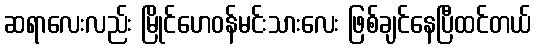
ဆရာလေးလည်း မြိုင်ဟေဝန်မင်းသားလေး ဖြစ်ချင်နေပြီထင်တယ်